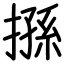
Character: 搎